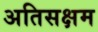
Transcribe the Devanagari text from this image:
अतिसक्षम